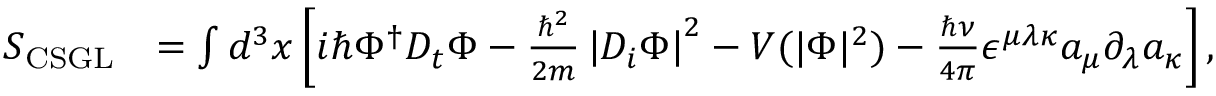
\begin{array} { r l } { S _ { \mathrm { C S G L } } } & { = \int d ^ { 3 } x \left[ i \hbar \Phi ^ { \dagger } D _ { t } \Phi - \frac { \hbar ^ { 2 } } { 2 m } \left| D _ { i } \Phi \right| ^ { 2 } - V ( | \Phi | ^ { 2 } ) - \frac { \hbar \nu } { 4 \pi } \epsilon ^ { \mu \lambda \kappa } a _ { \mu } \partial _ { \lambda } a _ { \kappa } \right] , } \end{array}